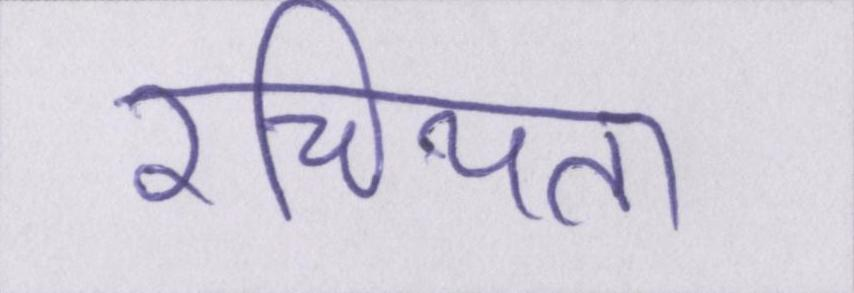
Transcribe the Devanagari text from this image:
रचियता